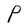
Character: P